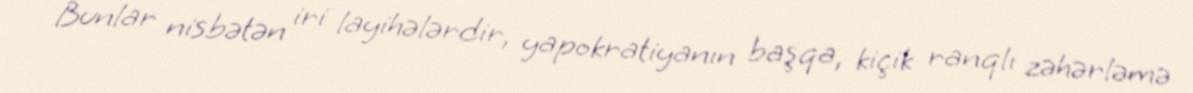
Bunlar nisbətən iri layihələrdir, yapokratiyanın başqa, kiçik ranqlı zəhərləmə